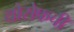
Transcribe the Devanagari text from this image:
योसेफची